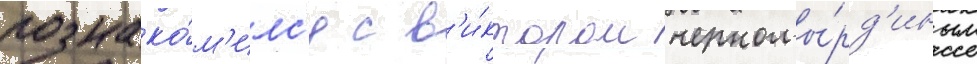
познако́м'илс'я с в'и́ктором черномы́рд'иным